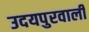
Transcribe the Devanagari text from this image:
उदयपुरवाली